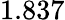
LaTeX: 1.837